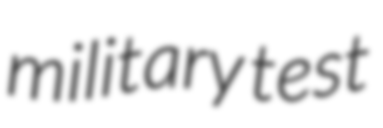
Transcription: military test